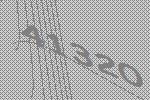
41320